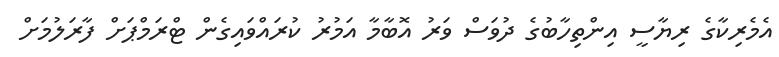
އެމެރިކާގެ ރިޔާސީ އިންތިހާބުގެ ދުވަސް ވަރު އޮބާމާ އަމުރު ކުރައްވައިގެން ޓްރަމްޕަށް ފާރަލުމަށް